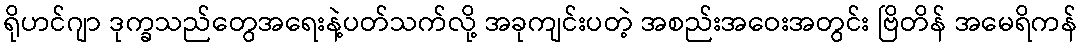
ရိုဟင်ဂျာ ဒုက္ခသည်တွေအရေးနဲ့ပတ်သက်လို့ အခုကျင်းပတဲ့ အစည်းအဝေးအတွင်း ဗြိတိန် အမေရိကန်